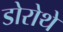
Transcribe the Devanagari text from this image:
डोरोथे